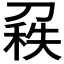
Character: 𠞠